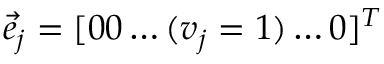
{ \vec { e } } _ { j } = [ 0 0 \ldots ( v _ { j } = 1 ) \ldots 0 ] ^ { T }